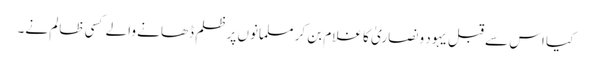
کیا اس سے قبل یہود و نصاریٰ کا غلام بن کر مسلمانوں پرظلم ڈھانے والے کسی ظالم نے۔